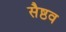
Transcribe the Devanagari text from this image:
सैष्ठव